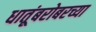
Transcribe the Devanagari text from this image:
धातूंबरोबरच्या